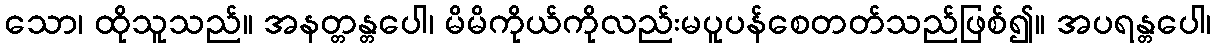
သော၊ ထိုသူသည်။ အနတ္တန္တပေါ၊ မိမိကိုယ်ကိုလည်းမပူပန်စေတတ်သည်ဖြစ်၍။ အပရန္တပေါ၊